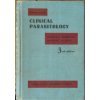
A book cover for Veterinary Clinical Parasitology; Edward A. Benbrook; Medical Books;